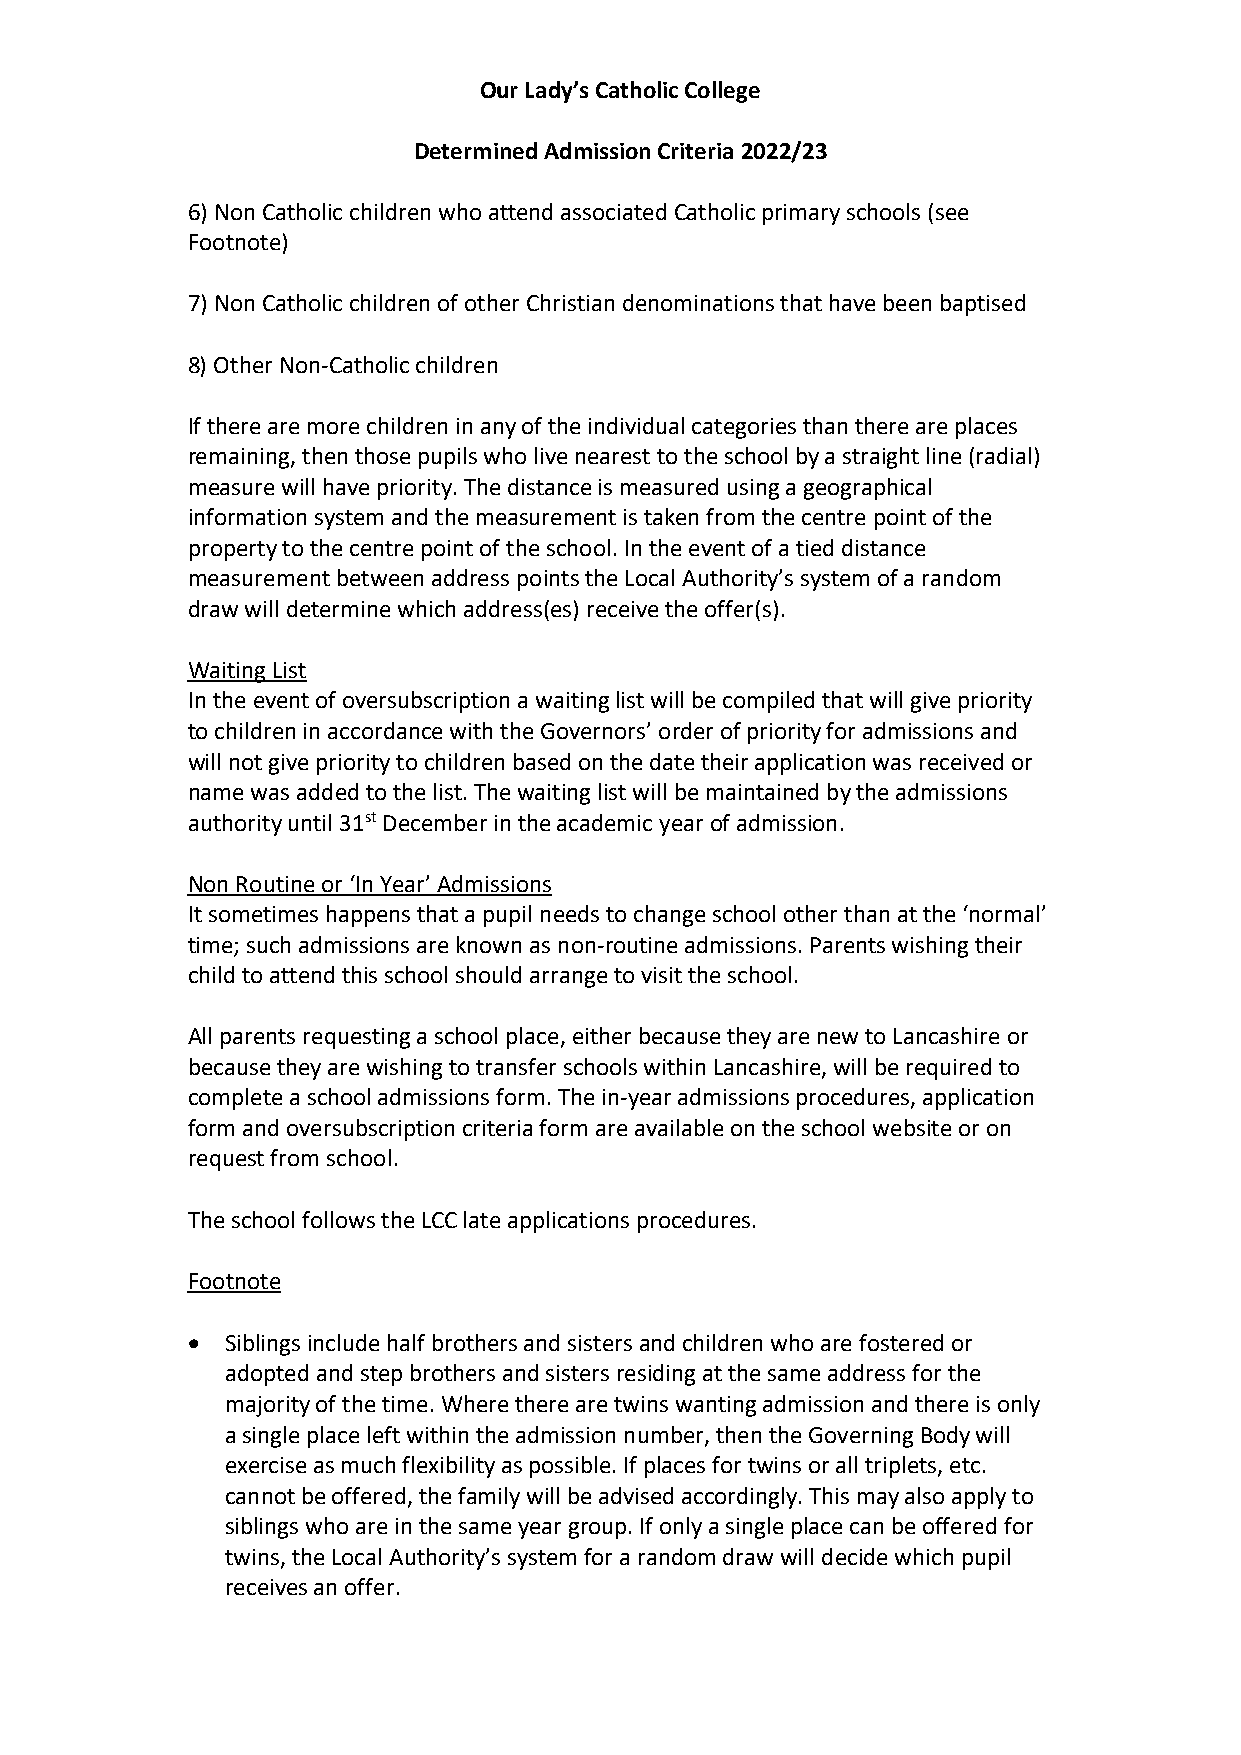
Our Lady’s Catholic College
 Determined Admission Criteria 2022/23
 6) Non Catholic children who attend associated Catholic primary schools (see
 Footnote)
 7) Non Catholic children of other Christian denominations that have been baptised
 8) Other Non-Catholic children
 If there are more children in any of the individual categories than there are places
 remaining, then those pupils who live nearest to the school by a straight line (radial)
 measure will have priority. The distance is measured using a geographical
 information system and the measurement is taken from the centre point of the
 property to the centre point of the school. In the event of a tied distance
 measurement between address points the Local Authority’s system of a random
 draw will determine which address(es) receive the offer(s).
 Waiting List
 In the event of oversubscription a waiting list will be compiled that will give priority
 to children in accordance with the Governors’ order of priority for admissions and
 will not give priority to children based on the date their application was received or
 name was added to the list. The waiting list will be maintained by the admissions
 authority until 31st December in the academic year of admission.
 Non Routine or ‘In Year’ Admissions
 It sometimes happens that a pupil needs to change school other than at the ‘normal’
 time; such admissions are known as non-routine admissions. Parents wishing their
 child to attend this school should arrange to visit the school.
 All parents requesting a school place, either because they are new to Lancashire or
 because they are wishing to transfer schools within Lancashire, will be required to
 complete a school admissions form. The in-year admissions procedures, application
 form and oversubscription criteria form are available on the school website or on
 request from school.
 The school follows the LCC late applications procedures.
 Footnote
   Siblings include half brothers and sisters and children who are fostered or
 adopted and step brothers and sisters residing at the same address for the
 majority of the time. Where there are twins wanting admission and there is only
 a single place left within the admission number, then the Governing Body will
 exercise as much flexibility as possible. If places for twins or all triplets, etc.
 cannot be offered, the family will be advised accordingly. This may also apply to
 siblings who are in the same year group. If only a single place can be offered for
 twins, the Local Authority’s system for a random draw will decide which pupil
 receives an offer.